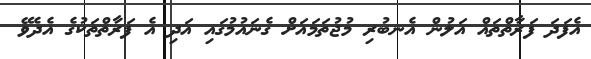
އެފަދަ ފަރާތްތައް އަލުން އެނބުރި މުޖުތަމައަށް ގެނައުމުގައި އަދި އެ ފަރާތްތަކުގެ އެދެވޭ